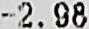
-2.98